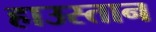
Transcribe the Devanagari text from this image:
हाउस्तान